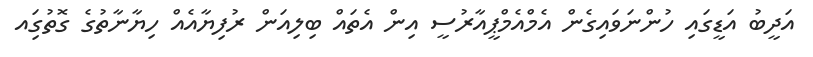
އަދީބު އަޑީގައި ހުންނަވައިގެން އެމްއެމްޕީއާރުސީ އިން އެތައް ބިލިއަން ރުފިޔާއެއް ހިޔާނާތުގެ ގޮތުގަިއ